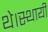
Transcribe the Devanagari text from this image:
थे।स्थायी